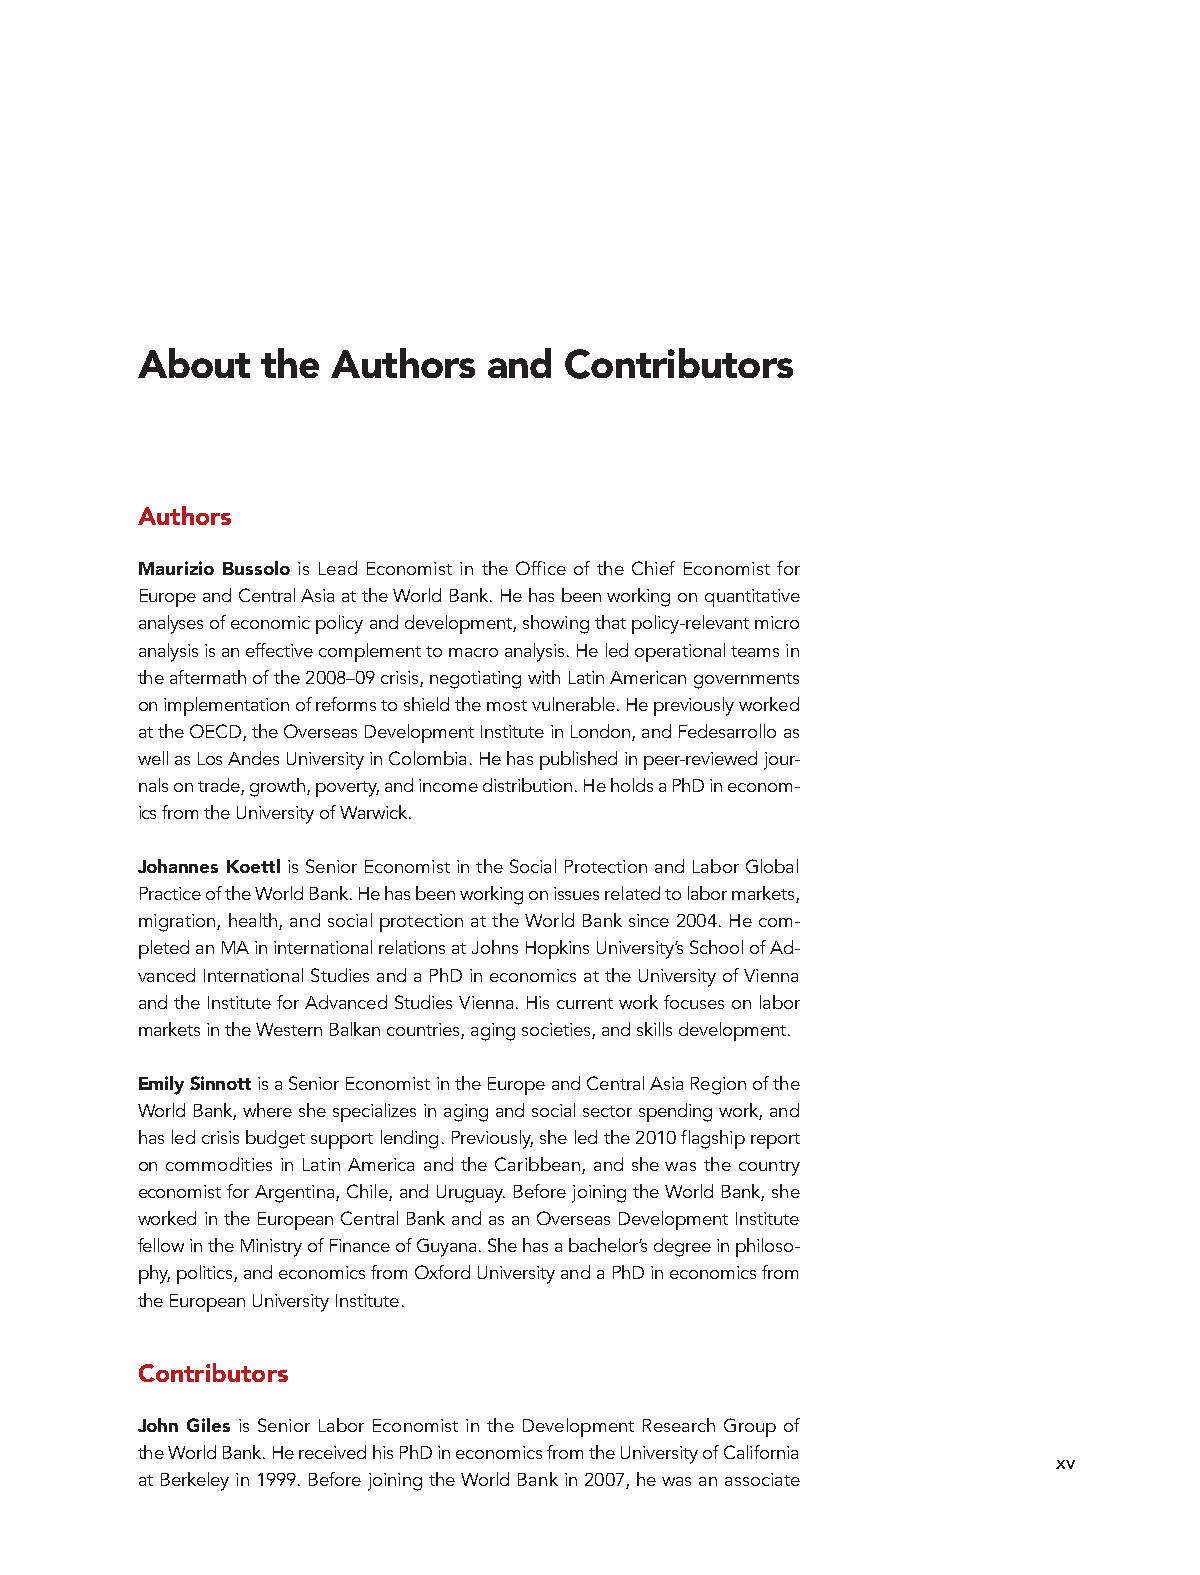
About   the  Authors   and  Contributors
 Authors
 Maurizio Bussolo is Lead Economist in the Office of the Chief Economist for
 Europe and Central Asia at the World Bank. He has been working on quantitative
 analyses of economic policy and development, showing that policy-relevant micro
 analysis is an effective complement to macro analysis. He led operational teams in
 the aftermath of the 2008–09 crisis, negotiating with Latin American governments
 on implementation of reforms to shield the most vulnerable. He previously worked
 at the OECD, the Overseas Development Institute in London, and Fedesarrollo as
 well as Los Andes University in Colombia. He has published in peer-reviewed jour-
 nals on trade, growth, poverty, and income distribution. He holds a PhD in econom-
 ics from the University of Warwick.
 Johannes Koettl is Senior Economist in the Social Protection and Labor Global
 Practice of the World Bank. He has been working on issues related to labor markets,
 migration, health, and social protection at the World Bank since 2004. He com-
 pleted an MA in international relations at Johns Hopkins University’s School of Ad-
 vanced International Studies and a PhD in economics at the University of Vienna
 and the Institute for Advanced Studies Vienna. His current work focuses on labor
 markets in the Western Balkan countries, aging societies, and skills development.
 Emily Sinnott is a Senior Economist in the Europe and Central Asia Region of the
 World Bank, where she specializes in aging and social sector spending work, and
 has led crisis budget support lending. Previously, she led the 2010 flagship report
 on commodities in Latin America and the Caribbean, and she was the country
 economist for Argentina, Chile, and Uruguay. Before joining the World Bank, she
 worked in the European Central Bank and as an Overseas Development Institute
 fellow in the Ministry of Finance of Guyana. She has a bachelor’s degree in philoso-
 phy, politics, and economics from Oxford University and a PhD in economics from
 the European University Institute.
 Contributors
 John Giles is Senior Labor Economist in the Development Research Group of
 the World Bank. He received his PhD in economics from the University of California
 xv
 at Berkeley in 1999. Before joining the World Bank in 2007, he was an associate